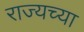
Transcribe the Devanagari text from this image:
राज्यच्या